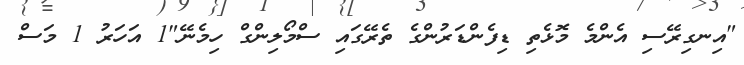
"އިނގިރޭސި އެންމެ މޮޅެތި ޑިފެންޑަރުންގެ ތެރޭގައި ސްމޯލިންގް ހިމެނޭ"1 އަހަރު 1 މަސް